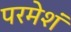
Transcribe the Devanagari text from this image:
परमेशं